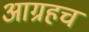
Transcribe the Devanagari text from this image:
आग्रहच